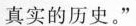
真实的历史。”